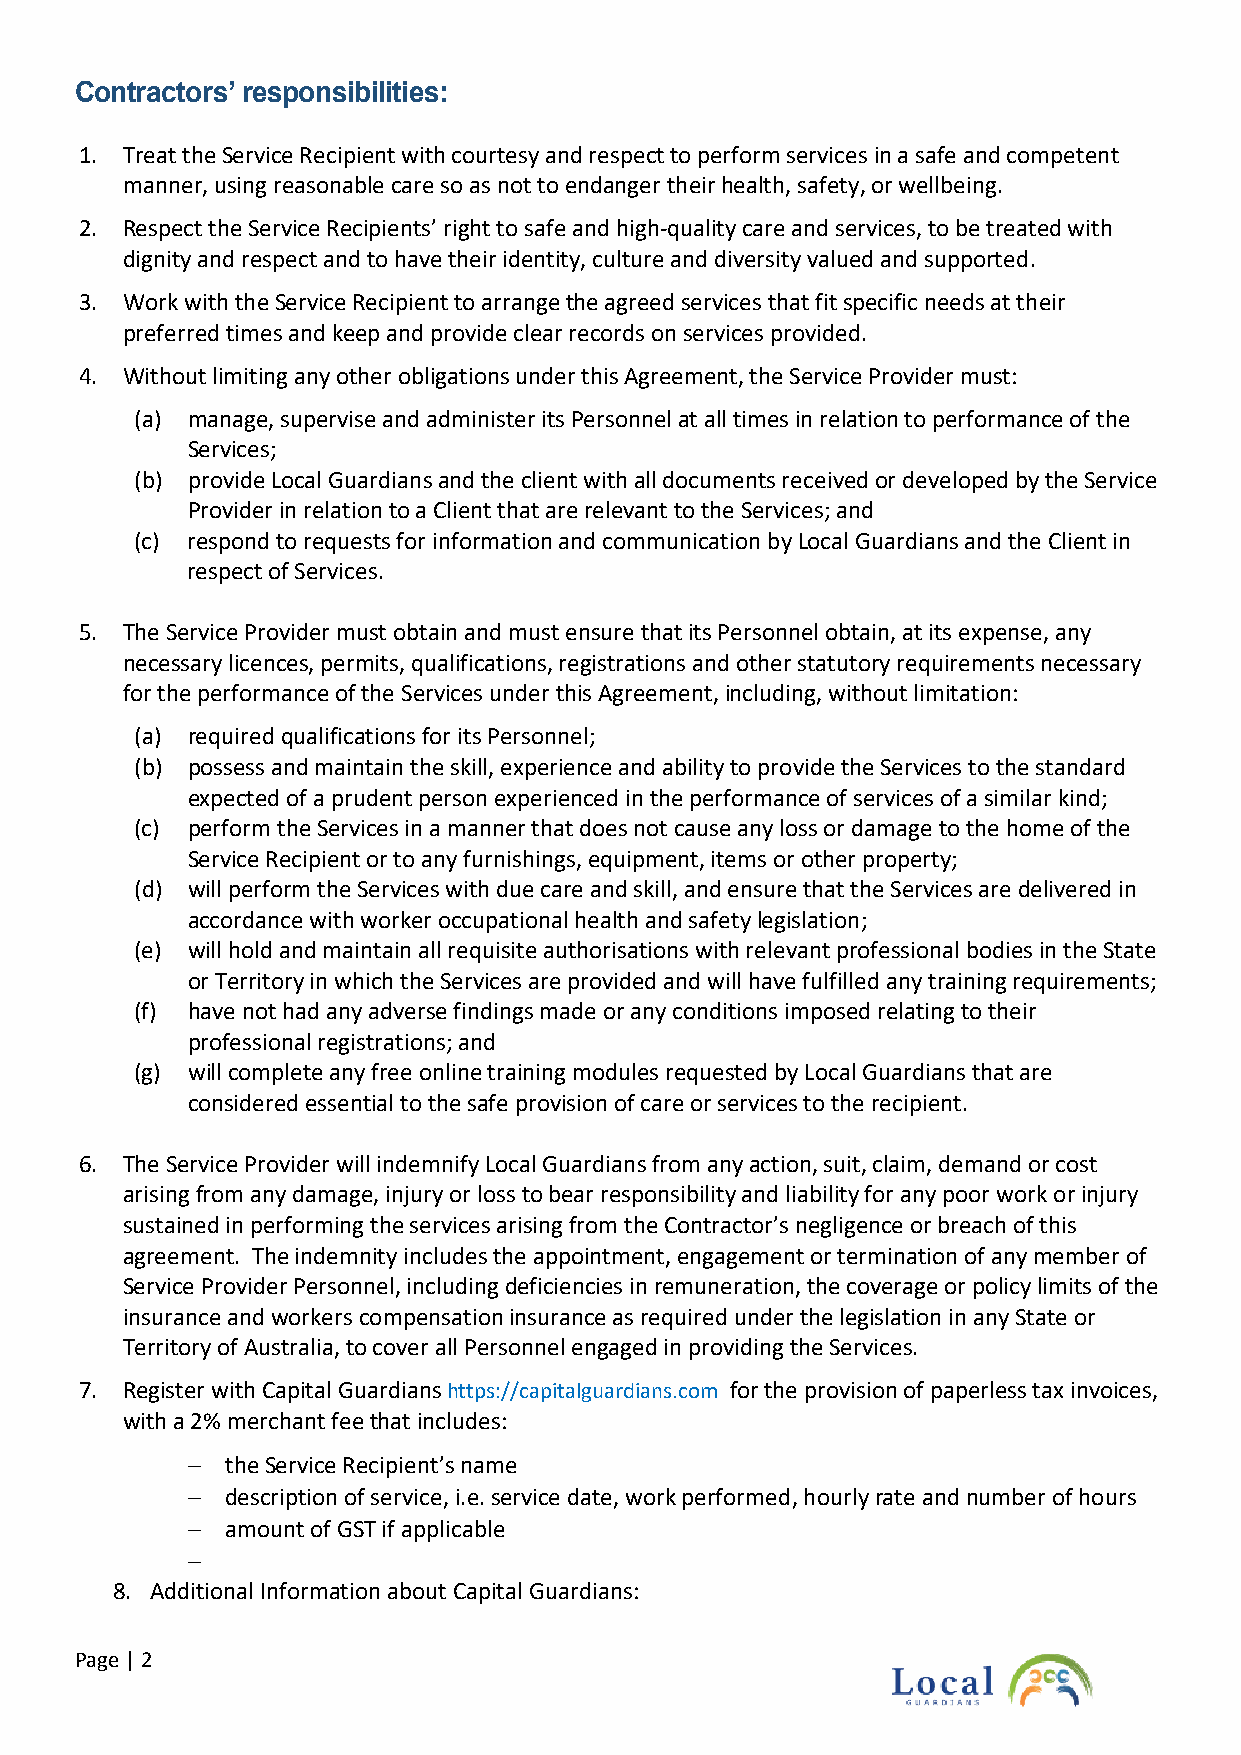
Contractors’ responsibilities:
 1. Treat the Service Recipient with courtesy and respect to perform services in a safe and competent
 manner, using reasonable care so as not to endanger their health, safety, or wellbeing.
 2. Respect the Service Recipients’ right to safe and high-quality care and services, to be treated with
 dignity and respect and to have their identity, culture and diversity valued and supported.
 3. Work with the Service Recipient to arrange the agreed services that fit specific needs at their
 preferred times and keep and provide clear records on services provided.
 4. Without limiting any other obligations under this Agreement, the Service Provider must:
 (a) manage, supervise and administer its Personnel at all times in relation to performance of the
 Services;
 (b) provide Local Guardians and the client with all documents received or developed by the Service
 Provider in relation to a Client that are relevant to the Services; and
 (c) respond to requests for information and communication by Local Guardians and the Client in
 respect of Services.
 5. The Service Provider must obtain and must ensure that its Personnel obtain, at its expense, any
 necessary licences, permits, qualifications, registrations and other statutory requirements necessary
 for the performance of the Services under this Agreement, including, without limitation:
 (a) required qualifications for its Personnel;
 (b) possess and maintain the skill, experience and ability to provide the Services to the standard
 expected of a prudent person experienced in the performance of services of a similar kind;
 (c) perform the Services in a manner that does not cause any loss or damage to the home of the
 Service Recipient or to any furnishings, equipment, items or other property;
 (d) will perform the Services with due care and skill, and ensure that the Services are delivered in
 accordance with worker occupational health and safety legislation;
 (e) will hold and maintain all requisite authorisations with relevant professional bodies in the State
 or Territory in which the Services are provided and will have fulfilled any training requirements;
 (f) have not had any adverse findings made or any conditions imposed relating to their
 professional registrations; and
 (g) will complete any free online training modules requested by Local Guardians that are
 considered essential to the safe provision of care or services to the recipient.
 6. The Service Provider will indemnify Local Guardians from any action, suit, claim, demand or cost
 arising from any damage, injury or loss to bear responsibility and liability for any poor work or injury
 sustained in performing the services arising from the Contractor’s negligence or breach of this
 agreement. The indemnity includes the appointment, engagement or termination of any member of
 Service Provider Personnel, including deficiencies in remuneration, the coverage or policy limits of the
 insurance and workers compensation insurance as required under the legislation in any State or
 Territory of Australia, to cover all Personnel engaged in providing the Services.
 7. Register with Capital Guardians https://capitalguardians.com for the provision of paperless tax invoices,
 with a 2% merchant fee that includes:
 −  the Service Recipient’s name
 −  description of service, i.e. service date, work performed, hourly rate and number of hours
 −  amount of GST if applicable
 −
 8. Additional Information about Capital Guardians:
 Page | 2